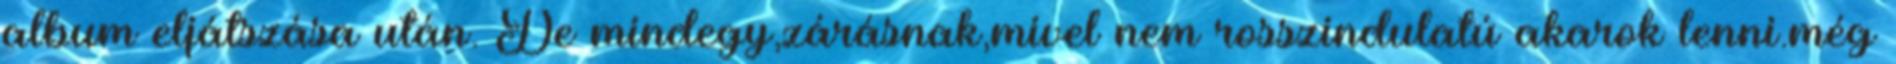
album eljátszása után. De mindegy,zárásnak,mivel nem rosszindulatú akarok lenni.még